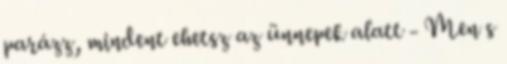
parázz, mindent ehetsz az ünnepek alatt - Men s